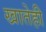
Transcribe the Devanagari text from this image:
खातेही